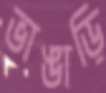
ভাঙাড়ি